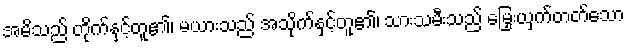
အမိသည် တိုက်နှင့်တူ၏၊ မယားသည် အသိုက်နှင့်တူ၏၊ သားသမီးသည် မြှေးယှက်တတ်သော